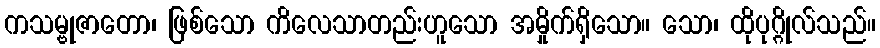
ကသမ္ဗုဇာတော၊ ဖြစ်သော ကိလေသာတည်းဟူသော အမှိုက်ရှိသော။ သော၊ ထိုပုဂ္ဂိုလ်သည်။